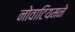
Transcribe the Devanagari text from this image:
नोवाटियमने